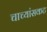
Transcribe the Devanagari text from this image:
चाच्यांसकट